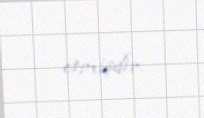
etmişdir.